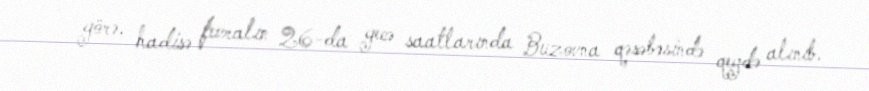
görə, hadisə fevralın 26-da gecə saatlarında Buzovna qəsəbəsində qeydə alınıb.